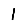
Digit: 1